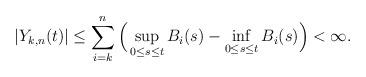
LaTeX: \begin{align*}|Y_{k,n}(t)|\leq\sum_{i=k}^n\Big(\sup_{0\leq s\leq t}B_i(s)-\inf_{0\leq s\leq t}B_i(s)\Big)<\infty.\end{align*}